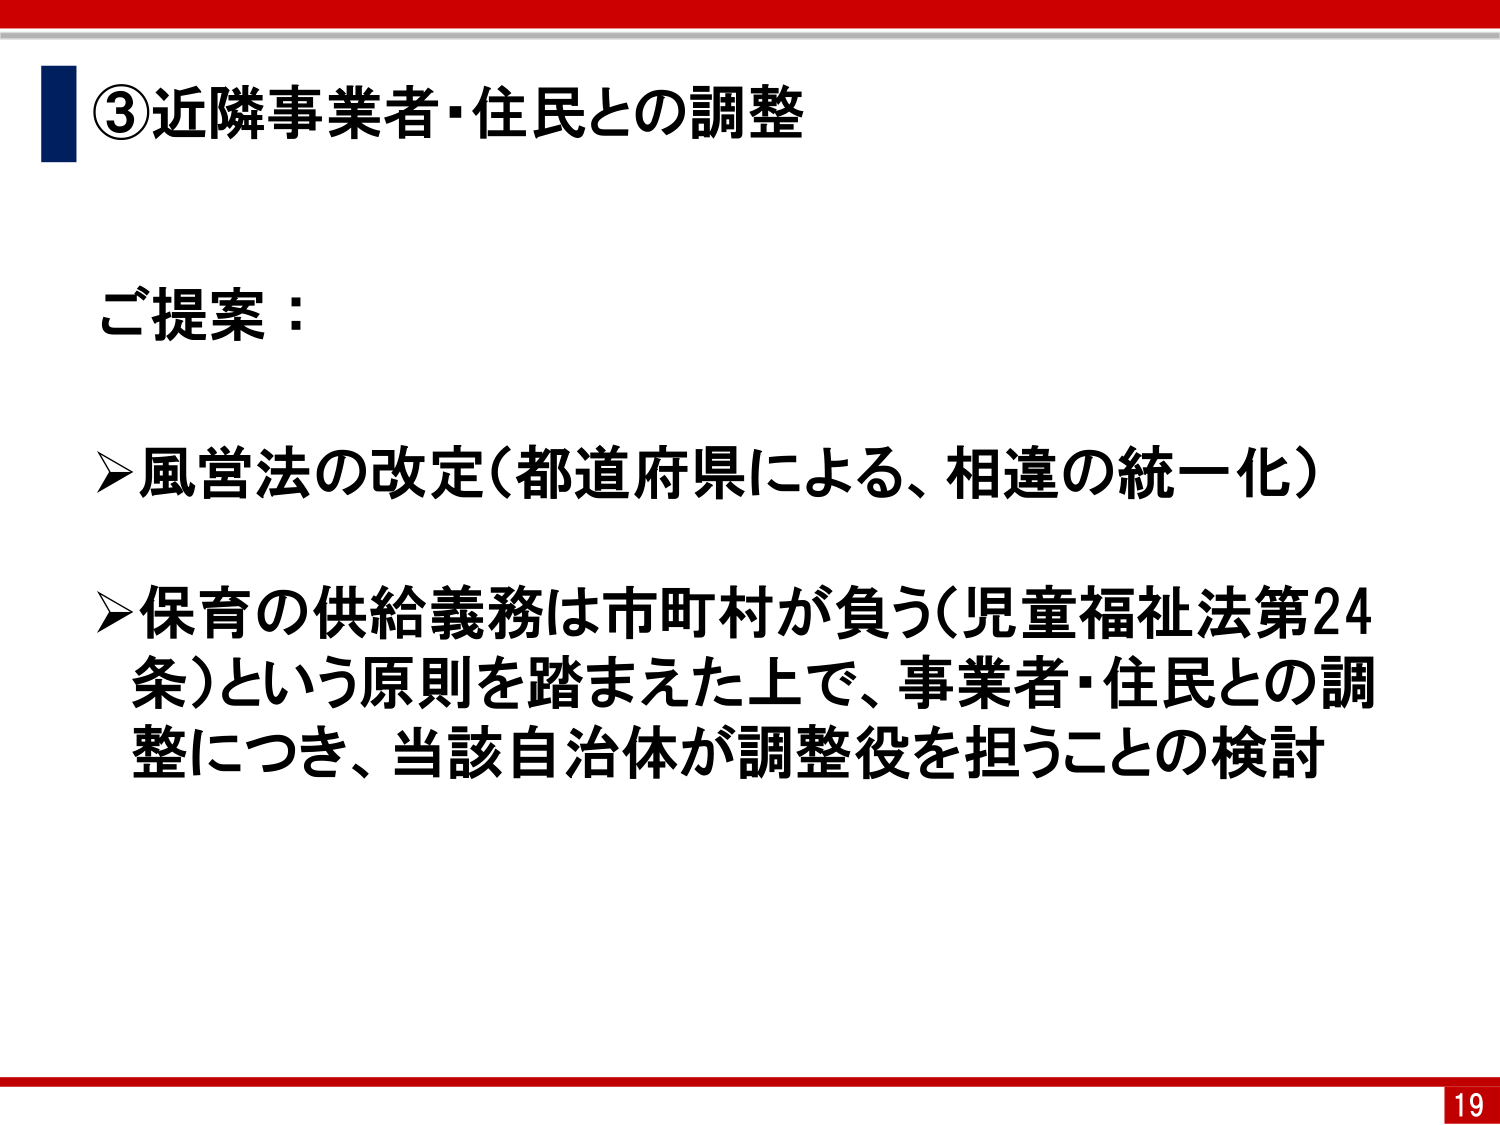
③近隣事業者・住民との調整

ご提案：

➢風営法の改定（都道府県による、相違の統一化）

➢保育の供給義務は市町村が負う（児童福祉法第24条）という原則を踏まえた上で、事業者・住民との調整につき、当該自治体が調整役を担うことの検討

19